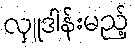
လှူဒါန်းမည့်